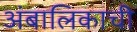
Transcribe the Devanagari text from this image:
अंबालिकाची